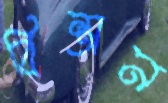
বিন্তান